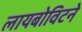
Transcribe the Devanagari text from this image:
लायबोविटने